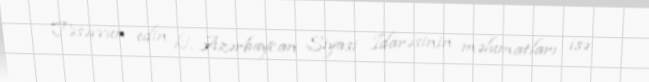
Təsəvvür edin ki, Azərbaycan Siyasi İdarəsinin məlumatları isə